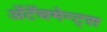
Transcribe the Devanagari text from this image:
अॅटॅचमेन्ट्‌स